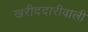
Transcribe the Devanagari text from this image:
खरीददारीवाली